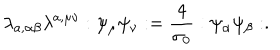
\lambda _ { a , \alpha \beta } \lambda ^ { a , \mu \nu } : \psi _ { \mu } \psi _ { \nu } : = \frac { 4 } { \sigma _ { 0 } } : \psi _ { \alpha } \psi _ { \beta } : .